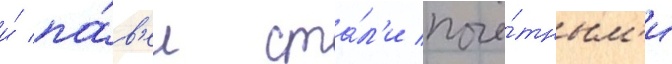
и́ па́в'ел ста́л'и почё́тным'и